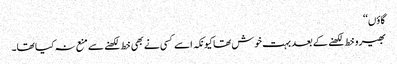
گاؤں‘‘
بھیرو خط لکھنے کے بعد بہت خوش تھا کیونکہ اسے کسی نے بھی خط لکھنے سے منع نہ کیا تھا۔